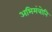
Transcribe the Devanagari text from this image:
अभिमंत्रोनि